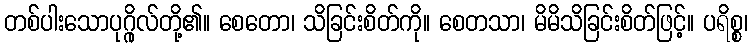
တစ်ပါးသောပုဂ္ဂိုလ်တို့၏။ စေတော၊ သိခြင်းစိတ်ကို။ စေတသာ၊ မိမိသိခြင်းစိတ်ဖြင့်။ ပရိစ္စ၊